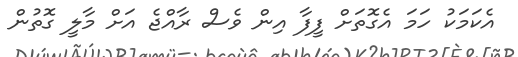
އެކަމަކު ހަމަ އެގޮތަށް ފީފާ އިން ވެސް ރާއްޖެ އަށް މާލީ ގޮތުން